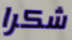
شكرا